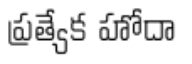
ప్రత్యేక హోదా